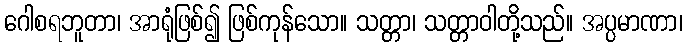
ဂေါစရဘူတာ၊ အာရုံဖြစ်၍ ဖြစ်ကုန်သော။ သတ္တာ၊ သတ္တာဝါတို့သည်။ အပ္ပမာဏာ၊